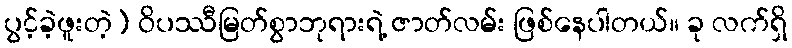
ပွင့်ခဲ့ဖူးတဲ့) ဝိပဿီမြတ်စွာဘုရားရဲ့ ဇာတ်လမ်း ဖြစ်နေပါတယ်။ ခု လက်ရှိ